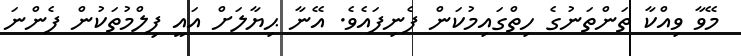
މޭވާ ވިއްކާ ތަންތަނުގެ ހިތްގައިމުކަން ފެނިފައެވެ. އޭނާ ޙިޔާލަށް އައީ ފިލްމުތަކުން ފެންނަ